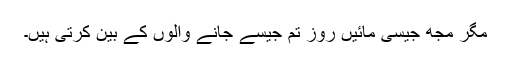
مگر مجھ جیسی مائیں روز تم جیسے جانے والوں کے بین کرتی ہیں۔